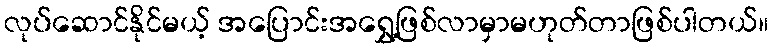
လုပ်ဆောင်နိုင်မယ့် အပြောင်းအရွှေ့ဖြစ်လာမှာမဟုတ်တာဖြစ်ပါတယ်။